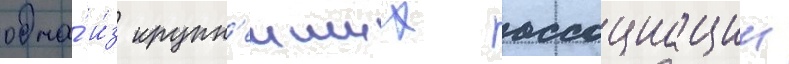
одна́ и́з крупн'еиших ассоциации